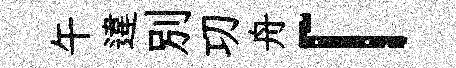
午違别㓛舟「